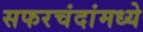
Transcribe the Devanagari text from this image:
सफरचंदांमध्ये